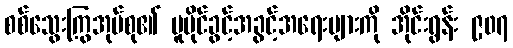
စစ်သွေးကြွအုပ်စု၏ မူပိုင်ခွင့်အခွင့်အရေးများကို အိုင်းရွန်း ၉၀၇